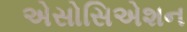
એસોસિએશન